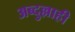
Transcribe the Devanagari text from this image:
अब्दुल्लाही